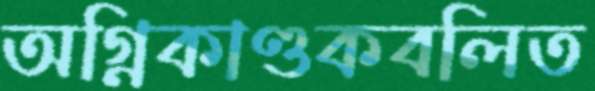
অগ্নিকাণ্ডকবলিত